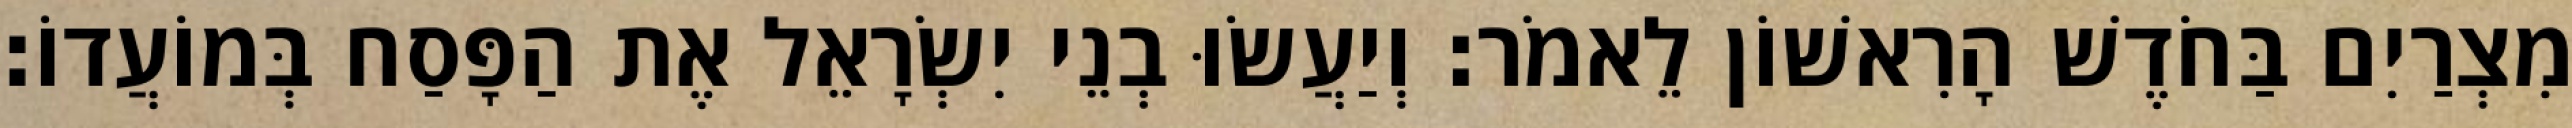
מִצְרַיִם בַּחֹדֶשׁ הָרִאשׁוֹן לֵאמֹר׃ וְיַעֲשׂוּ בְנֵי יִשְׂרָאֵל אֶת הַפָּסַח בְּמוֹעֲדוֹ׃